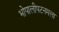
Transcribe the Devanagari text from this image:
भोपालीपटनमला